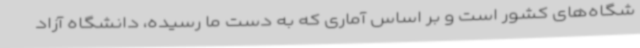
شگاه‌های کشور است و بر اساس آماری که به دست ما رسیده، دانشگاه آزاد